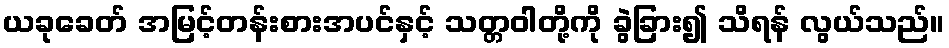
ယခုခေတ် အမြင့်တန်းစားအပင်နှင့် သတ္တဝါတို့ကို ခွဲခြား၍ သိရန် လွယ်သည်။